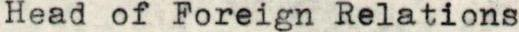
Head of Foreign Relations